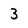
Character: 3